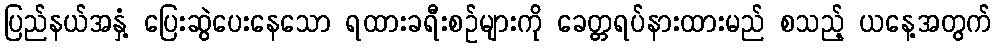
ပြည်နယ်အနှံ့ ပြေးဆွဲပေးနေသော ရထားခရီးစဉ်များကို ခေတ္တရပ်နားထားမည် စသည့် ယနေ့အတွက်